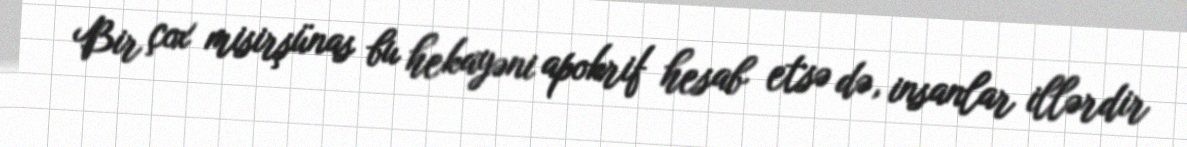
Bir çox misirşünas bu hekayəni apokrif hesab etsə də, insanlar illərdir